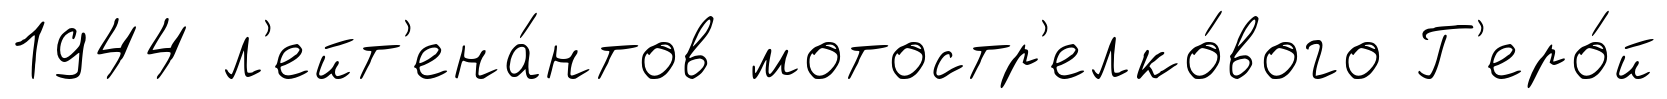
1944 л'ейт'ена́нтов мотостр'елко́вого Г'еро́й